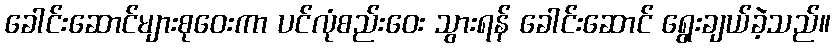
ခေါင်းဆောင်များစုဝေးကာ ပင်လုံစည်းဝေး သွားရန် ခေါင်းဆောင် ရွေးချယ်ခဲ့သည်။